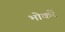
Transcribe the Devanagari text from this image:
भोकरें